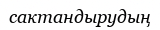
сактандырудың